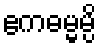
ဧကဓမ္မမ္ပိ